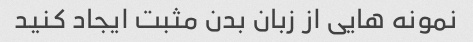
نمونه هایی از زبان بدن مثبت ایجاد کنید